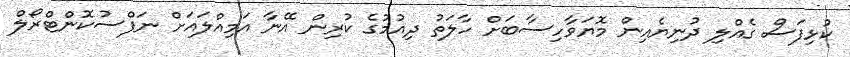
ކުޅިފަސް ގެއްލި ދުނިޔެއިން މޮޔަވާހިސާބަށް ހާލަތު ދިއުމުގެ ކުރިން އޭނާ އަމިއްލައަށް ނަފްސުކޮންޓްރޯލް